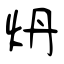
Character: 炿